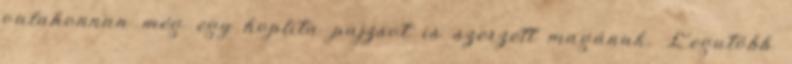
valahonnan még egy hoplita pajzsot is szerzett magának. Legutóbb